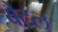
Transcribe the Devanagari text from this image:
वैटल